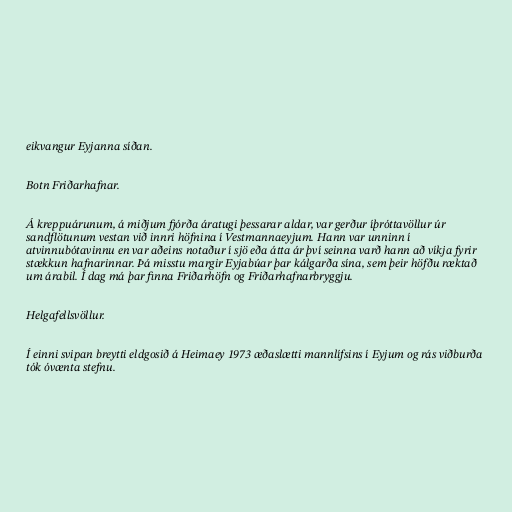
eikvangur Eyjanna síðan.

Botn Friðarhafnar.

Á kreppuárunum, á miðjum fjórða áratugi þessarar aldar, var gerður íþróttavöllur úr
sandflötunum vestan við innri höfnina í Vestmannaeyjum. Hann var unninn í
atvinnubótavinnu en var aðeins notaður í sjö eða átta ár því seinna varð hann að víkja fyrir
stækkun hafnarinnar. Þá misstu margir Eyjabúar þar kálgarða sína, sem þeir höfðu ræktað
um árabil. Í dag má þar finna Friðarhöfn og Friðarhafnarbryggju.

Helgafellsvöllur.

Í einni svipan breytti eldgosið á Heimaey 1973 æðaslætti mannlífsins í Eyjum og rás viðburða
tók óvænta stefnu.